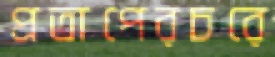
প্রতাপেরচরে